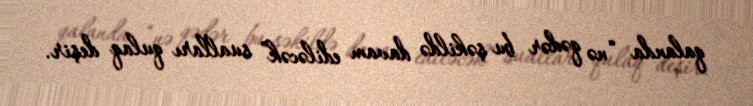
qalanda “nə qədər bu şəkildə davam ediləcək” sualları qulaq deşir.